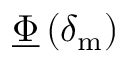
\underline { { \boldsymbol { \Phi } } } \left( \delta _ { \mathrm { m } } \right)